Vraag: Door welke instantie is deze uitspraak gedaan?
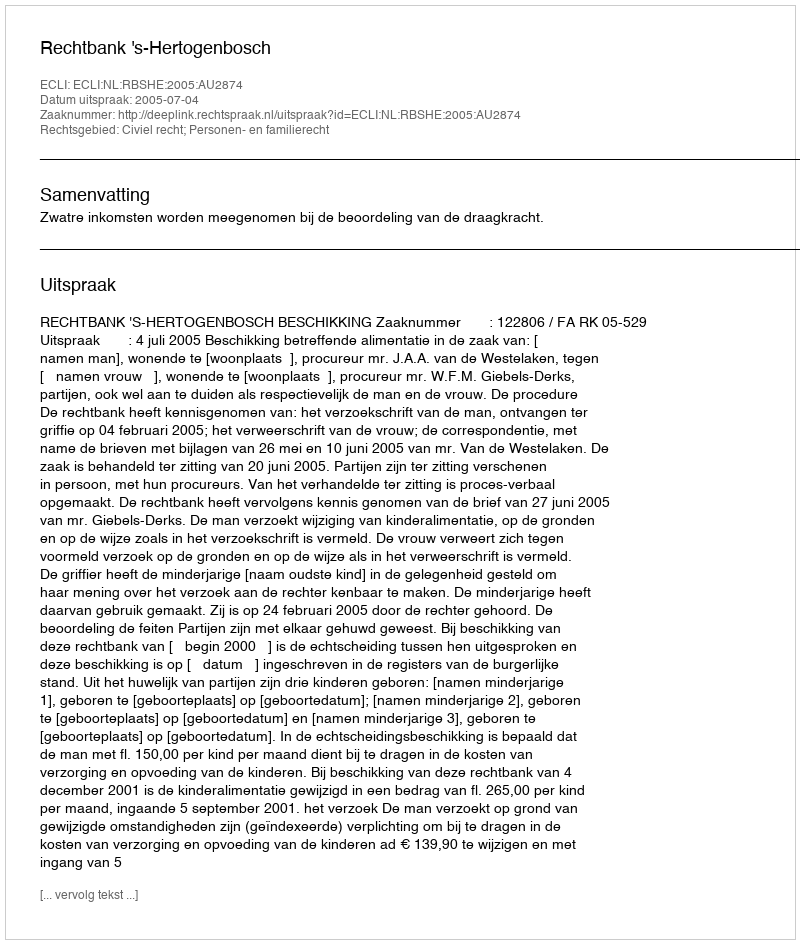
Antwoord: Rechtbank 's-Hertogenbosch